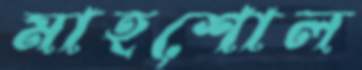
মাহশোল